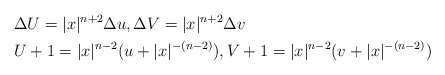
\begin{align*} &\Delta U=|x|^{n+2} \Delta u, \Delta V=|x|^{n+2} \Delta v\\ &U+1=|x|^{n-2} (u+|x|^{-(n-2)} ), V+1=|x|^{n-2} (v+|x|^{-(n-2)} ) \end{align*}